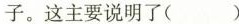
子。这主要说明了()